Reports on dispensaries and lunatic asylums in the Province of Oudh - 1869-1876
Year: 1869
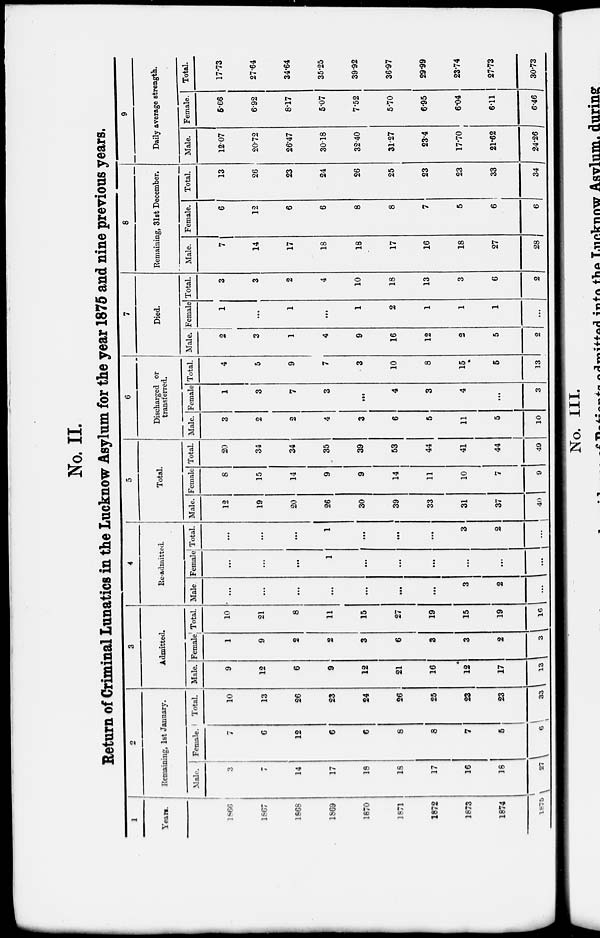
No. II.
Return of Criminal Lunatics in the Lucknow Asylum for the year 1875 and nine previous years.
1
Year.
1866
1867
1868
1869
1870
1871
1872
1873
1874
1875
2
Remaining, 1st January.
Male.
3
7
14
17
18
18
17
16
18
27
Female.
7
6
12
6
6
8
8
7
5
6
Total.
10
13
26
23
24
26
25
23
23
33
3
Admitted.
Male.
9
12
6
9
12
21
16
12
17
13
Female
1
9
2
2
3
6
3
3
2
3
Total.
10
21
8
11
15
27
19
15
19
16
4
Re-admitted.
Male
...
...
...
...
...
...
...
3
2
...
Female
...
...
...
1
...
...
...
...
...
...
Total.
...
...
...
1
...
...
...
3
2
...
5
Total.
Male.
12
19
20
26
30
39
33
31
37
40
Female
8
15
14
9
9
14
11
10
7
9
Total.
20
34
34
35
39
53
44
41
44
49
6
Discharged or
transferred.
Male.
3
2
2
4
3
6
5
11
5
10
Female
1
3
7
3
...
4
3
4
...
3
Total.
4
5
9
7
3
10
8
15
5
13
7
Died.
Male.
2
3
1
4
9
16
12
2
5
2
Female
1
...
1
...
1
2
1
1
1
...
Total.
3
3
2
4
10
18
13
3
6
2
8
Remaining, 31st December.
Male.
7
14
17
18
18
17
16
18
27
28
Female.
6
12
6
6
8
8
7
5
6
6
Total.
13
26
23
24
26
25
23
23
33
34
9
Daily average strength.
Male.
12.07
20.72
26.47
30.18
32.40
31.27
23.4
17.70
21.62
24.26
Female.
5.66
6.92
8.17
5.07
7.52
5.70
6.95
6.04
6.11
6.46
Total.
17.73
27.64
34.64
35.25
39.92
36.97
29.99
23.74
27.73
30.73